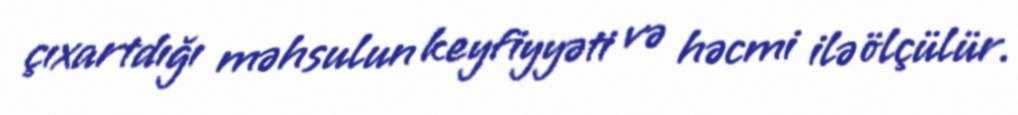
çıxartdığı məhsulun keyfiyyəti və həcmi ilə ölçülür.